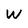
Character: W